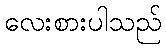
လေးစားပါသည်